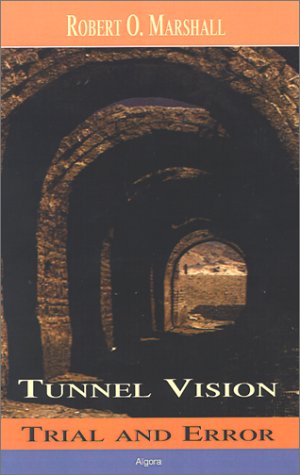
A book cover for Tunnel Vision; Robert O. Marshall; Law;